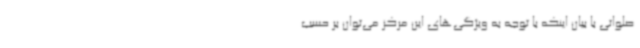
صلواتی با بیان اینکه با توجه به ویژگی‌های این مرکز می‌توان بر حسب